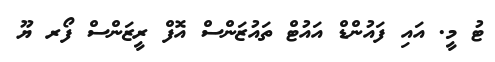
ޓު މީ. އައި ފައުންޑް އައުޓް ތައުޒަންސް އޮފް ރީޒަންސް ފޯރ ޔޫ